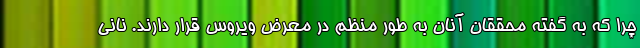
چرا که به گفته محققان آنان به طور منظم در معرض ویروس قرار دارند. نانی